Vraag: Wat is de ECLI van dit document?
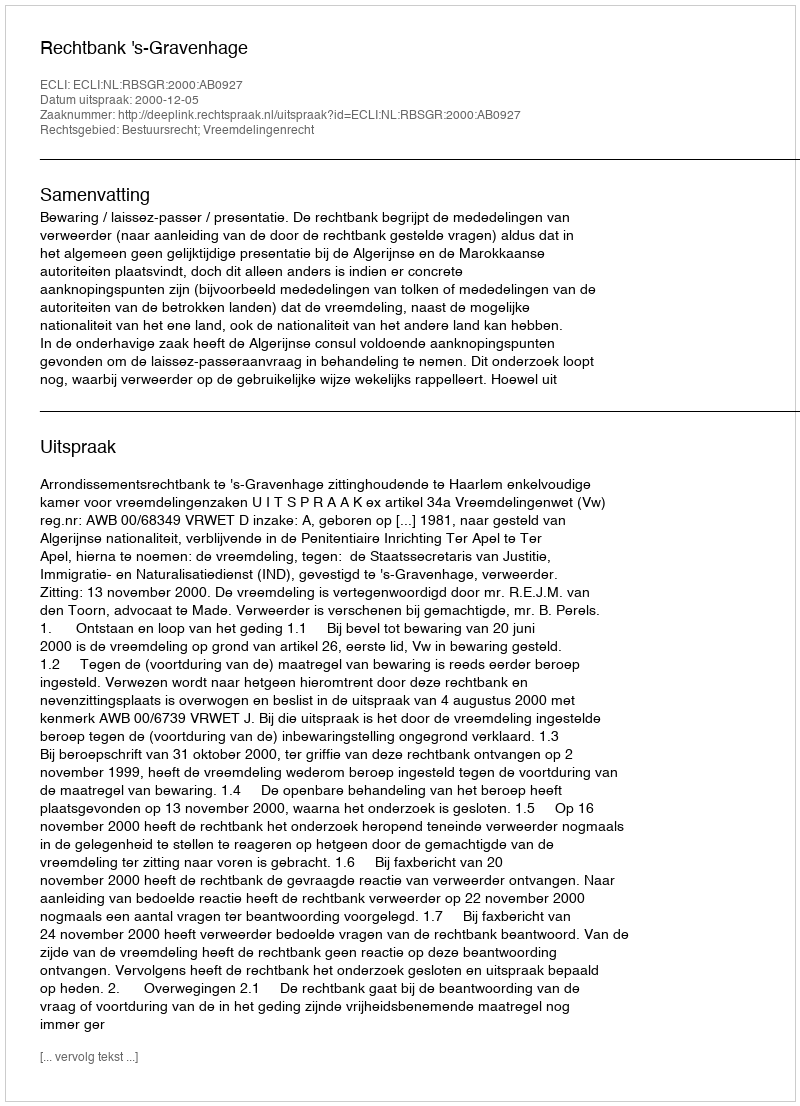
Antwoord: ECLI:NL:RBSGR:2000:AB0927